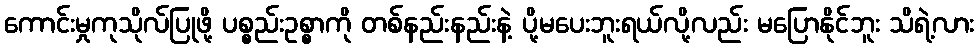
ကောင်းမှုကုသိုလ်ပြုဖို့ ပစ္စည်းဥစ္စာကို တစ်နည်းနည်းနဲ့ ပို့မပေးဘူးရယ်လို့လည်း မပြောနိုင်ဘူး သိရဲ့လား